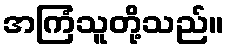
အကြံသူတို့သည်။